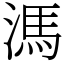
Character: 溤